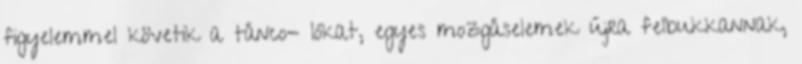
figyelemmel követik a tánco- lókat, egyes mozgáselemek újra felbukkannak,